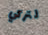
لتركي